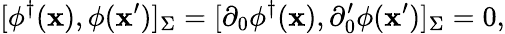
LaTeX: [\phi^{\dagger}(\mathbf{x}),\phi(\mathbf{x}^{\prime})]_{\Sigma}=[\partial_{0}\phi^{\dagger}(\mathbf{x}),\partial_{0}^{\prime}\phi(\mathbf{x}^{\prime})]_{\Sigma}=0,